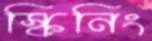
স্কিনিং